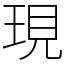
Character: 現